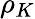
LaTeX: \rho_{K}